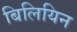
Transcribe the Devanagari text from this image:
बिलियिन